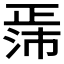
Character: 𬆃